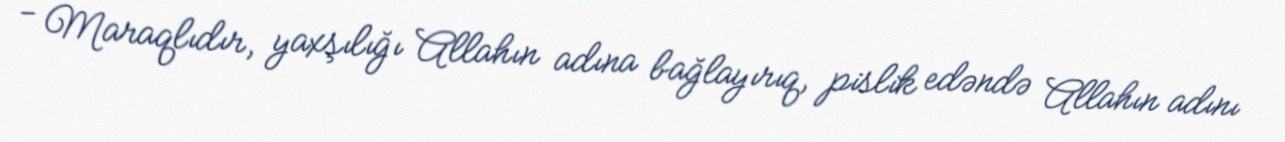
- Maraqlıdır, yaxşılığı Allahın adına bağlayırıq, pislik edəndə Allahın adını